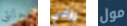
حانتي رزقي مول